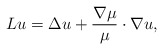
\begin{align*}Lu=\Delta u+\frac{\nabla \mu}{\mu}\cdot\nabla u,\end{align*}